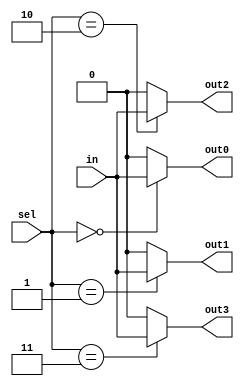
module demux_1to4(
    input [1:0] sel,
    input in,
    output out0,
    output out1,
    output out2,
    output out3
);

assign out0 = (sel == 2'b00) ? in : 1'b0;
assign out1 = (sel == 2'b01) ? in : 1'b0;
assign out2 = (sel == 2'b10) ? in : 1'b0;
assign out3 = (sel == 2'b11) ? in : 1'b0;

endmodule